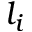
l _ { i }